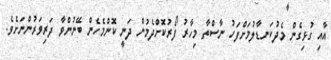
އާއި ގުޅިގެން މެދުކަނޑާލުމަށްފަހު ނާސްތާ މިހާރު ފޯރުކޮށްދެމުން ދަނީ ކޮންމެހެން ބޭނުންވާ ދަރިވަރުންނަށެވެ.